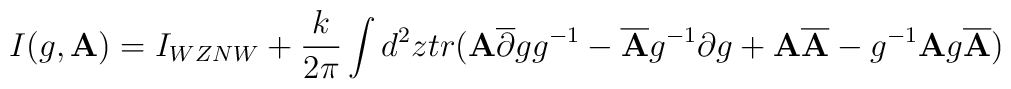
I(g,{\bf A})=I_{WZNW} + \frac {k}{2 \pi} \int d^2 z tr ({\bf A}\overline {\partial } g g ^{-1} -\overline {{\bf A}} g^{-1} \partial g + {\bf A}\overline {{\bf A}} -g ^{-1} {\bf A}g \overline {{\bf A}})